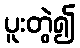
ပူးတွဲ၍